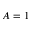
A = 1